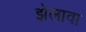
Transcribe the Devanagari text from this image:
झेलावा